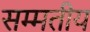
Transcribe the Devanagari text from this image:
सम्मतीय